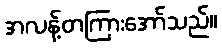
အလန့်တကြားအော်သည်။